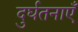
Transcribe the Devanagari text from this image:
दुर्घतनाएँ